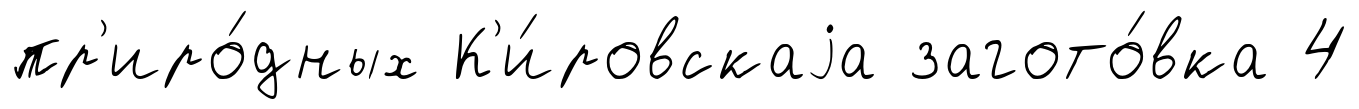
пр'иро́дных К'и́ровскаjа загото́вка 4